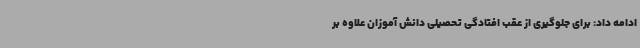
ادامه داد: برای جلوگیری از عقب افتادگی تحصیلی دانش آموزان علاوه بر